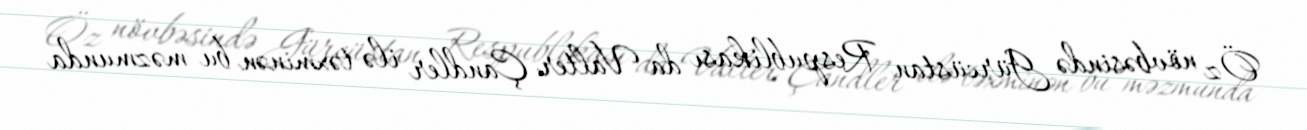
Öz növbəsində Gürcüstan Respublikası da Valter Çandler ilə təxminən bu məzmunda